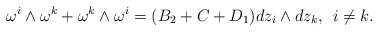
\begin{align*}\omega^i\wedge \omega^k+\omega^k\wedge \omega^i=(B_2+C+D_1) dz_i\wedge dz_k, \: \: i\neq k.\end{align*}